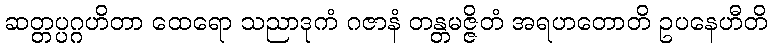
ဆတ္တပ္ပဂ္ဂဟိတာ ထေရော သညာဒုကံ ဂဇာနံ တန္တမဇ္ဇိတံ အရဟတောတိ ဥပနေဟီတိ